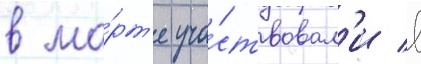
в ма́рт'е уча́ствовал'и в